Annual report of lunatic asylums [Bombay] - 1912-1922
Year: 1912
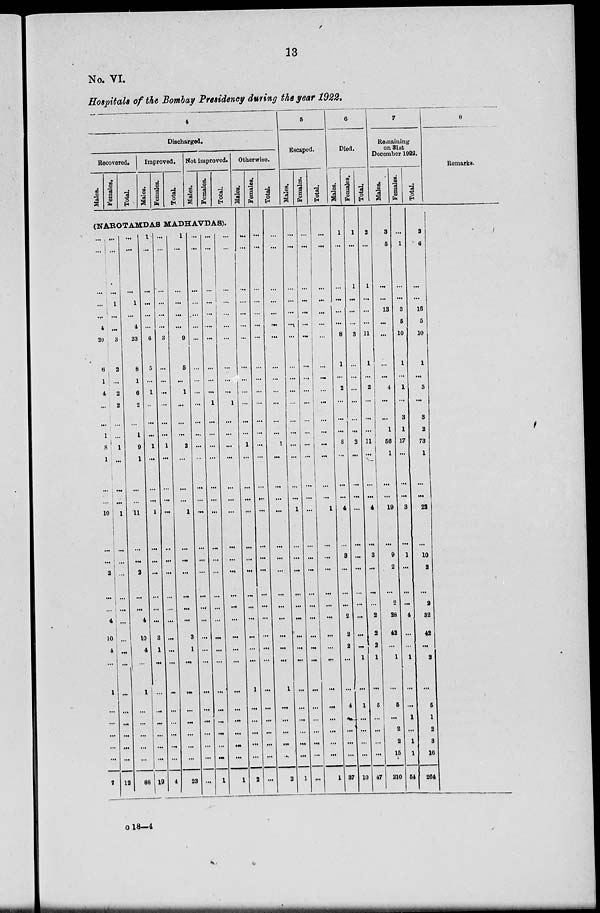
13
No. VI.
Hospitals of the Bombay Presidency during the year 1922.
4
Discharged.
Recovered.
Males.
Females.
Total.
Improved.
Males.
Females.
Total.
Not improved.
Males.
Females.
Total.
(NAROTAMDAS MADHAVDAS).
...
...
...
...
...
4
20
6
1
4
...
...
1
8
1
...
...
10
...
...
2
...
...
4
10
4
...
1
...
...
...
...
...
7
...
...
...
1
...
...
3
2
...
2
2
...
...
1
...
...
...
1
...
...
...
...
...
...
...
...
...
...
...
...
...
...
...
12
...
...
...
1
...
4
23
8
1
6
2
...
1
9
1
...
...
11
...
...
2
...
...
4
10
4
...
1
...
...
...
...
...
88
1
...
...
...
...
...
6
5
...
1
...
...
...
1
...
...
...
1
...
...
...
...
...
...
3
1
...
...
...
...
...
...
...
19
...
...
...
...
...
...
3
...
...
...
...
...
...
1
...
...
...
...
...
...
...
...
...
...
...
...
...
...
...
...
...
...
...
4
1
...
...
...
...
...
9
5
...
1
...
...
...
2
...
...
...
1
...
...
...
...
...
...
3
1
...
...
...
...
...
...
...
23
...
...
...
...
...
...
...
...
...
...
...
...
...
...
...
...
...
...
...
...
...
...
...
...
...
...
...
...
...
...
...
...
...
...
...
...
...
...
...
...
...
...
...
...
1
...
...
...
...
...
...
...
...
...
...
...
...
...
...
...
...
...
...
...
...
...
...
1
...
...
...
...
...
...
...
...
...
...
1
...
...
...
...
...
...
...
...
...
...
...
...
...
...
...
...
...
...
...
...
...
...
1
Otherwise.
Males.
...
...
...
...
...
...
...
...
...
...
...
...
...
1
...
...
...
...
...
...
...
...
...
...
...
...
...
1
...
...
...
...
...
2
Females.
...
...
...
...
...
...
...
...
...
...
...
...
...
...
...
...
...
...
...
...
...
...
...
...
...
...
...
...
...
...
...
...
...
...
Total.
...
...
...
...
...
...
...
...
...
...
...
...
...
1
...
...
...
...
...
...
...
...
...
...
...
...
...
1
...
...
...
...
...
2
5
Escaped.
Males.
...
...
...
...
...
...
...
...
...
...
...
...
...
...
...
...
...
1
...
...
...
...
...
...
...
...
...
...
...
...
...
...
...
1
Females.
...
...
...
...
...
...
...
...
...
...
...
...
...
...
...
...
...
...
...
...
...
...
...
...
...
...
...
...
...
...
...
...
...
...
Total.
...
...
...
...
...
...
...
...
...
...
...
...
...
...
...
...
...
1
...
...
...
...
...
...
...
...
...
...
...
...
...
...
...
1
6
Died.
Males.
1
...
...
...
...
...
8
1
...
2
...
...
...
8
...
...
...
4
...
3
...
...
...
2
2
2
...
...
4
...
...
...
...
37
Females.
1
...
1
...
...
...
3
...
...
...
...
...
...
3
...
...
...
...
...
...
...
...
...
...
...
...
1
...
1
...
...
...
...
10
Total.
2
...
1
...
...
...
11
1
...
2
...
...
...
11
...
...
...
4
...
3
...
...
...
2
2
2
1
...
5
...
...
...
...
47
7
Remaining
on 31st
December 1922.
Males.
3
5
...
...
13
...
...
...
...
4
...
...
1
56
1
...
...
19
...
9
2
...
2
28
42
...
1
...
5
...
2
2
15
210
Females.
...
1
...
...
3
5
10
1
...
1
...
3
1
17
...
...
...
3
...
1
...
...
...
4
...
...
1
...
...
1
...
1
1
54
Total.
3
6
...
...
18
5
10
1
...
5
...
3
2
73
1
...
...
22
...
10
2
...
2
32
42
...
2
...
5
1
2
3
16
264
8
Remarks.
o 18—4